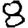
Digit: 8